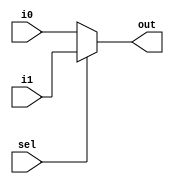
module MUX2_1( i0, i1, sel, out );
  
  input i0, i1 ;
  input sel ;
  output out ;
  
  assign out = (sel)? i1: i0 ;
  
endmodule